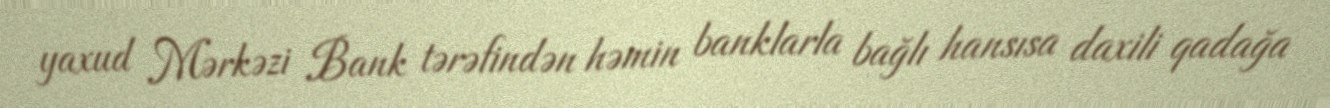
yaxud Mərkəzi Bank tərəfindən həmin banklarla bağlı hansısa daxili qadağa